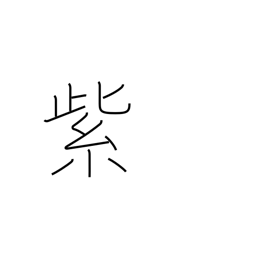
Meaning: purple